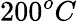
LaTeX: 200^{o}C